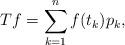
LaTeX: \begin{align*} Tf = \sum_{k=1}^n f(t_{k})p_k,\end{align*}